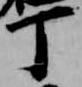
丁